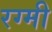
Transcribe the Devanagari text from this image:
रग्मी